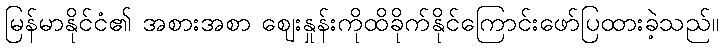
မြန်မာနိုင်ငံ၏ အစားအစာ ဈေးနှုန်းကိုထိခိုက်နိုင်ကြောင်းဖော်ပြထားခဲ့သည်။